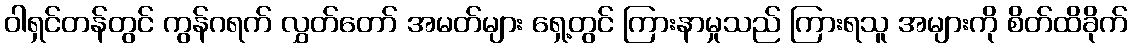
ဝါရှင်တန်တွင် ကွန်ဂရက် လွှတ်တော် အမတ်များ ရှေ့တွင် ကြားနာမှုသည် ကြားရသူ အများကို စိတ်ထိခိုက်